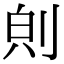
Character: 𪟇